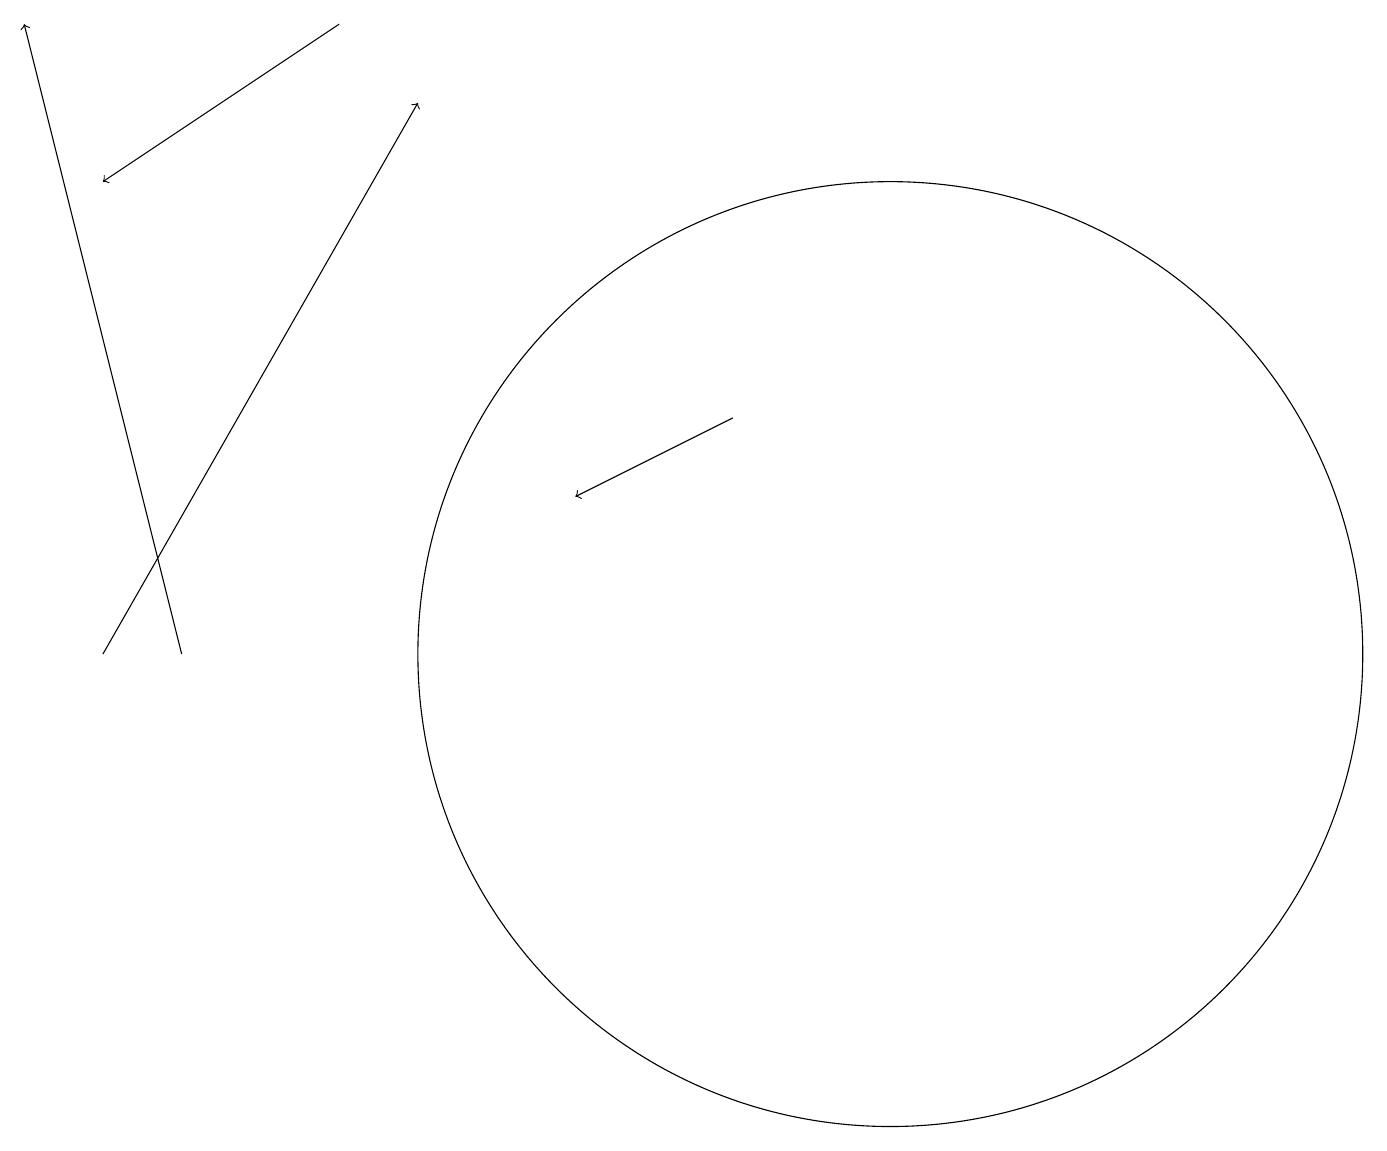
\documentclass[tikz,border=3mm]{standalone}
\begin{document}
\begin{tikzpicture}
\draw (11,11) circle (6);
\draw[->] (1,11) -- (5,18);
\draw[->] (4,19) -- (1,17);
\draw[->] (9,14) -- (7,13);
\draw[->] (2,11) -- (0,19);
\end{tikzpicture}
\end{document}